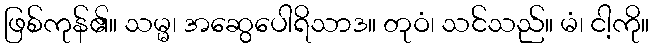
ဖြစ်ကုန်၏။ သမ္မ၊ အဆွေပေါရိသာဒ။ တုဝံ၊ သင်သည်။ မံ၊ ငါ့ကို။